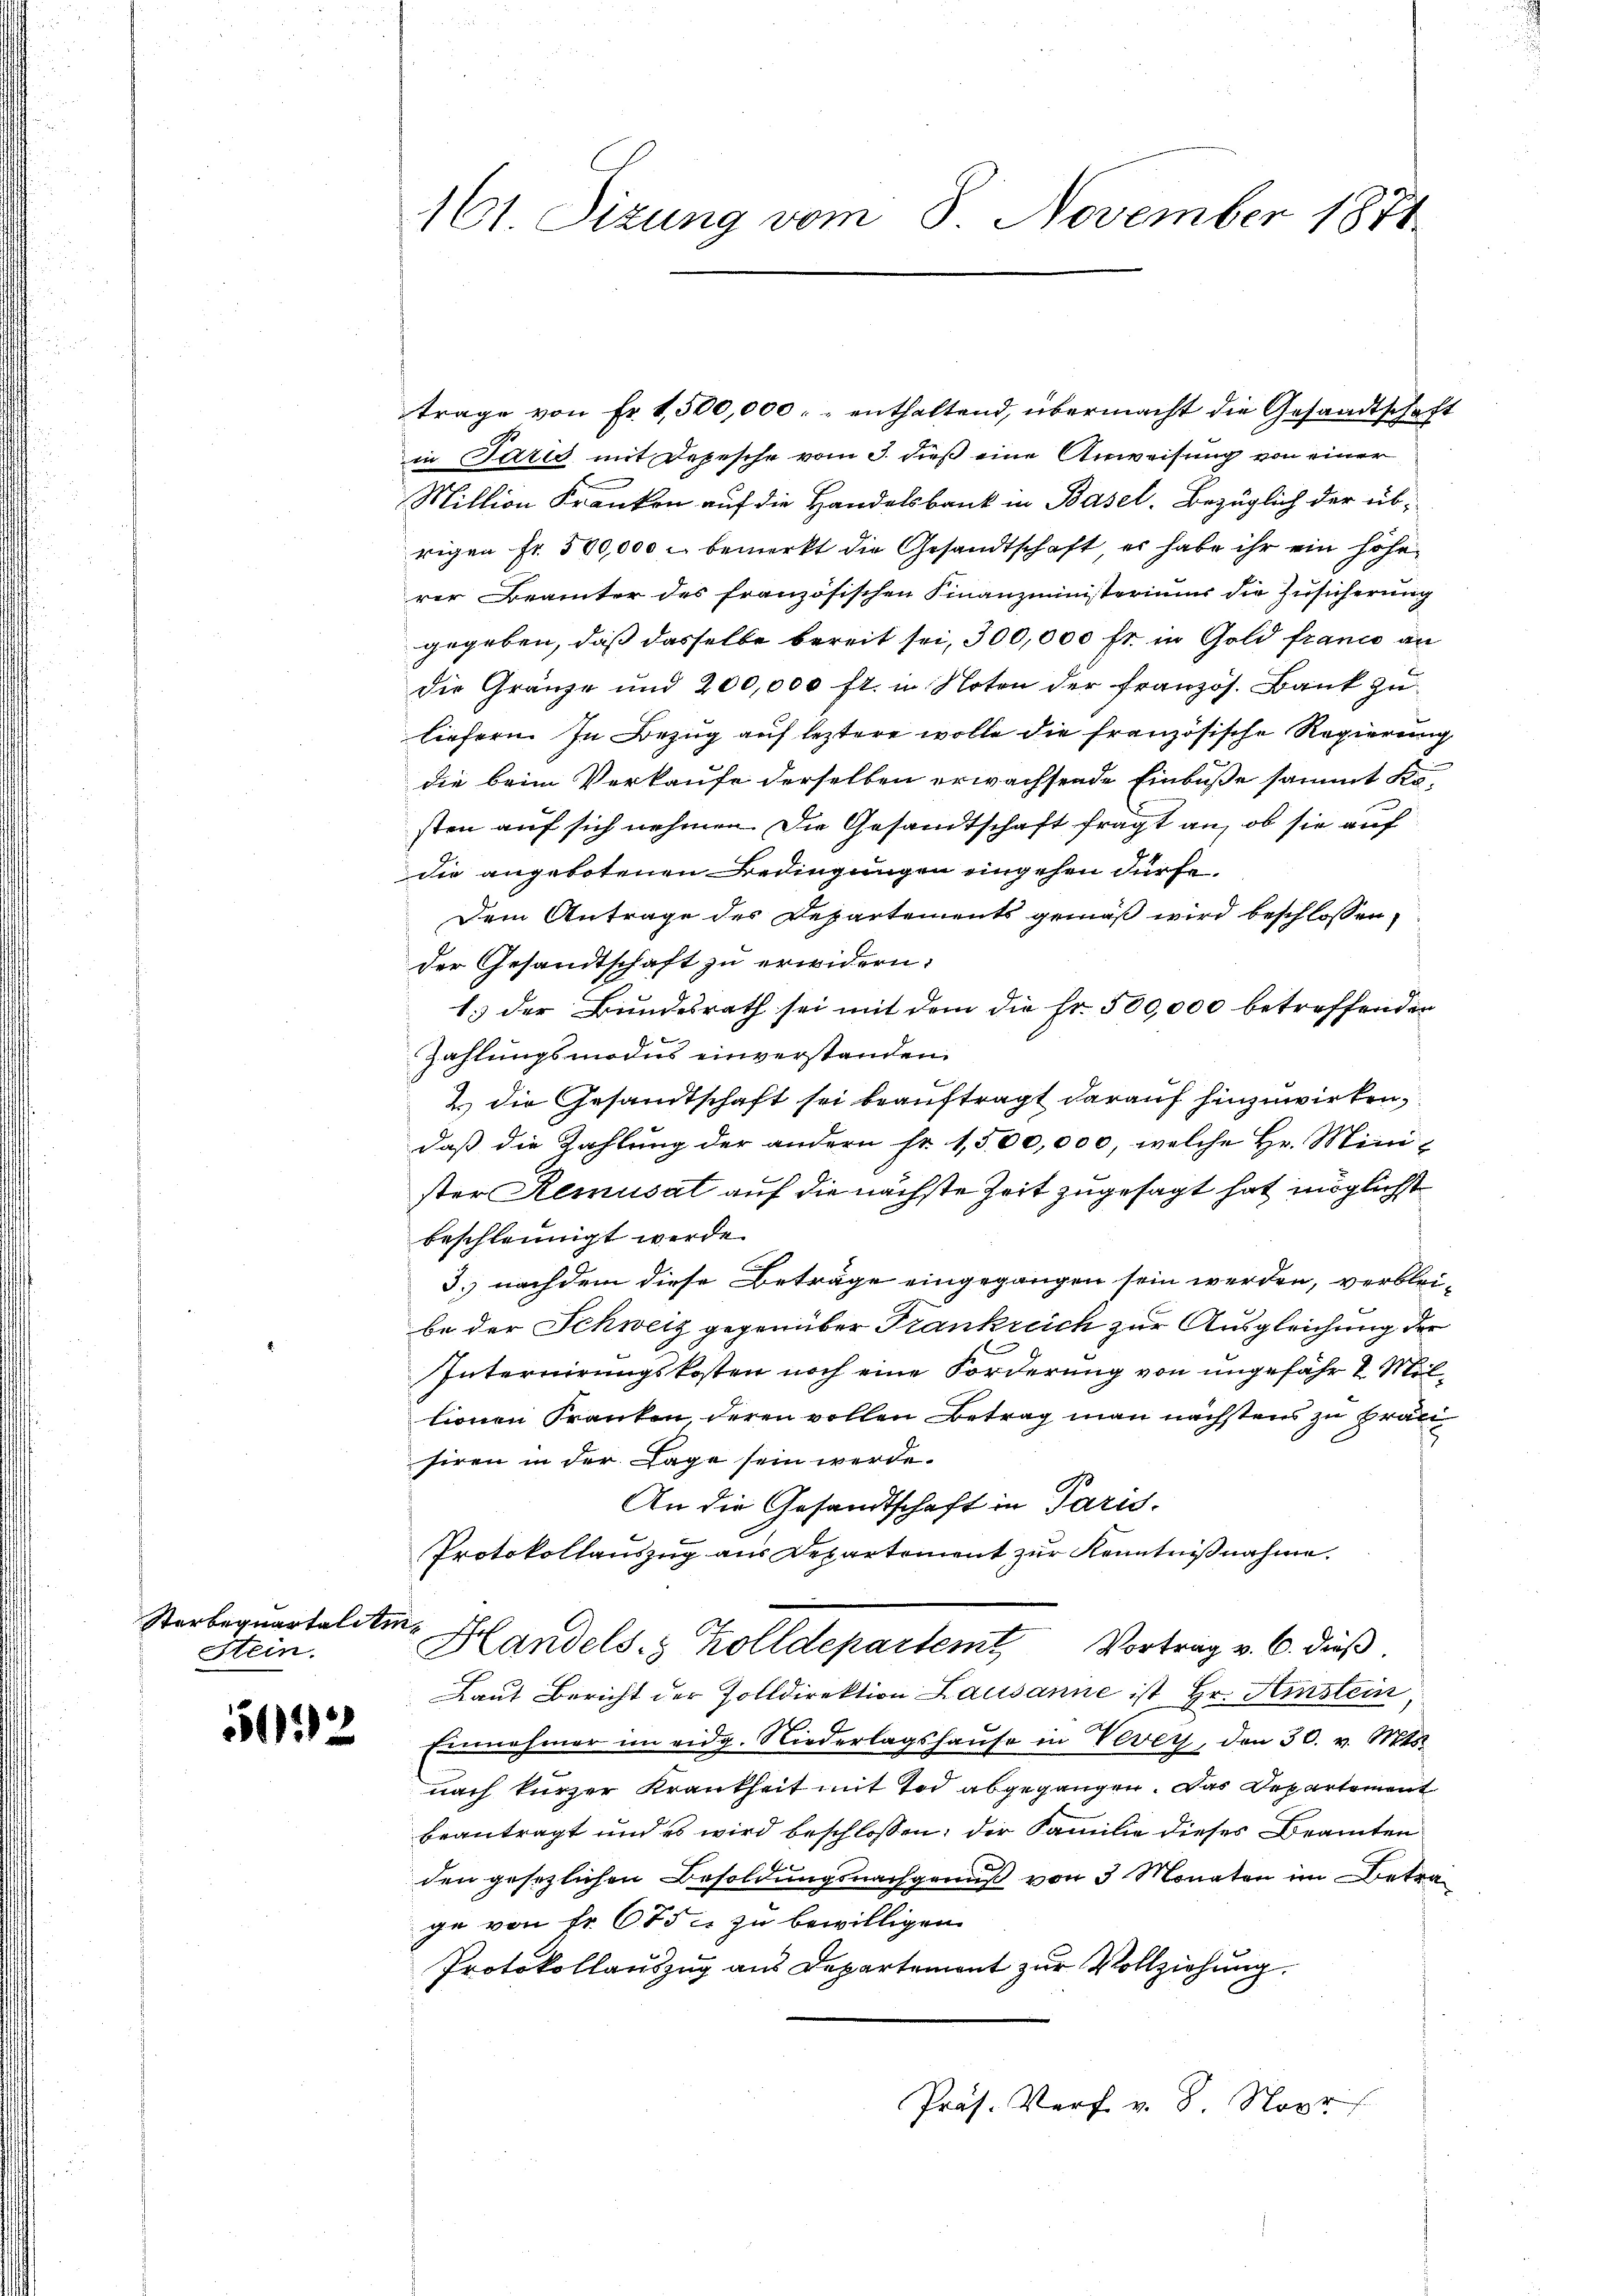
Sterbequartaliti¬
Stein.

52

161 Sizung vom 8. November 1871

trage von Fr. 1,500,000. enthaltend, übermacht die Gesandtschaft
in Paris mit Depesche vom 3. dieß eine Anweisung von einer
Million Kranken auf die Handelsbank in Basel, Bezüglich der übrigen Fr. 500,000 c. bemerkt die Gesandtschaft, er habe ihr ein höhe
rer Brämter des französischen Finanzministeriums die Zusicherung
gegeben, daß dasselbe bereit sei, 300,000 fr. in Gold france an
die Gränze und 200,000 fr. in Noten der französ. Bank zu
liefern. In Bezug auf leztere wolle die französische Regierung
die beim Verkaufe derselben erwachsende Einbuße sammt Kö-
sten auf sich nehmen. Die Gesandtschaft fragt an, ob sie auf
die angebotenen Bedingungen eingehen dürfe.
Dem Antrage des Departements gemäß wird beschlossen,
der Gesandtschaft zu erwidern.
1. der Bundesrath sei mit dem die Fr. 500,000 betreffenden
Zahlungsmodus einverstanden.
2. Die Gesandtschaft sei beauftragt darauf hinzuwirken,
daß die Zahlung der andern Fr. 1,500,000, welche Hr. Minister Remusat auf die nächste Zeit zugesagt hat möglichst
beschleunigt werde.
3. nachdem diese Beträge eingegangen sein werden, verbleibe der Schweiz gegenüber Frankreich zur Ausgleichung der
Internirungskosten noch eine Forderung von ungefähr 2 Miltionen Franken deren vollen Betrag man nächstens zu pränsiren in der Lage sein werde.
An die Gesandtschaft in Paris.
Protokollauszug aus Departement zur Kenntnißnahme.
Handels. Kolldepartemt, Vortrag v. 6. dieß.
Laut Bericht der Zolldirektion Lausanne ist Hr. Amstein,
Einnahmer im eidg. Niederlagshause in Vevey, den 30. v. Mts
c
nach kurzer Krankheit mit Tod abgegangen. Das Departement
beantragt und es wird beschlossen, der Familie dieses Beamten
den gesezlichen Besoldungsnachgenuß von 3 Monaten im Betrage von Fr. 675. zu bewilligen.
Protokollauszug aus Departement zur Vollziehung.
Präs. Verf. v. 8. Nor